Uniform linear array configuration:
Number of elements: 12
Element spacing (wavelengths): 1
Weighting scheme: uniform
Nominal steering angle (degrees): -60
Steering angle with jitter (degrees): -60.389
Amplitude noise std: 0.05
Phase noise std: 0.05

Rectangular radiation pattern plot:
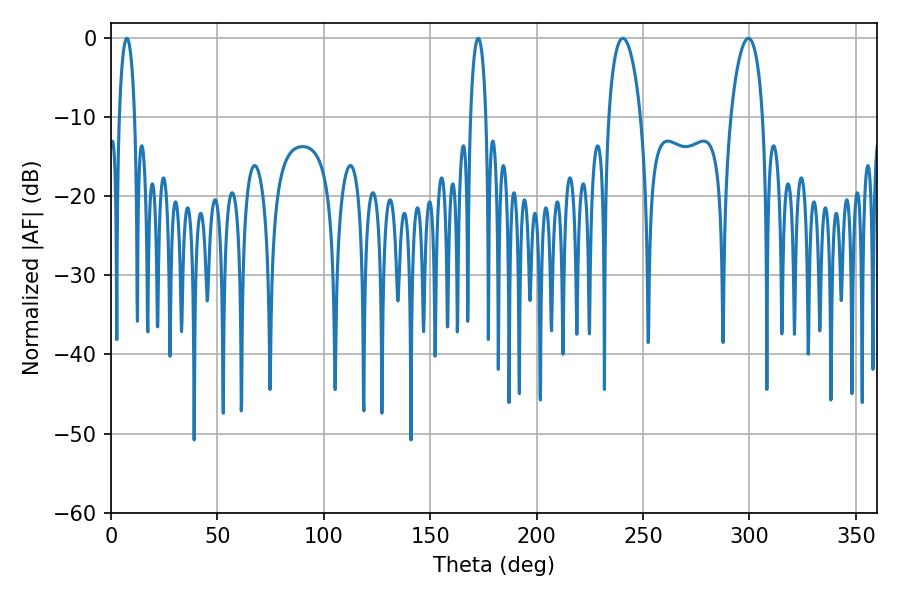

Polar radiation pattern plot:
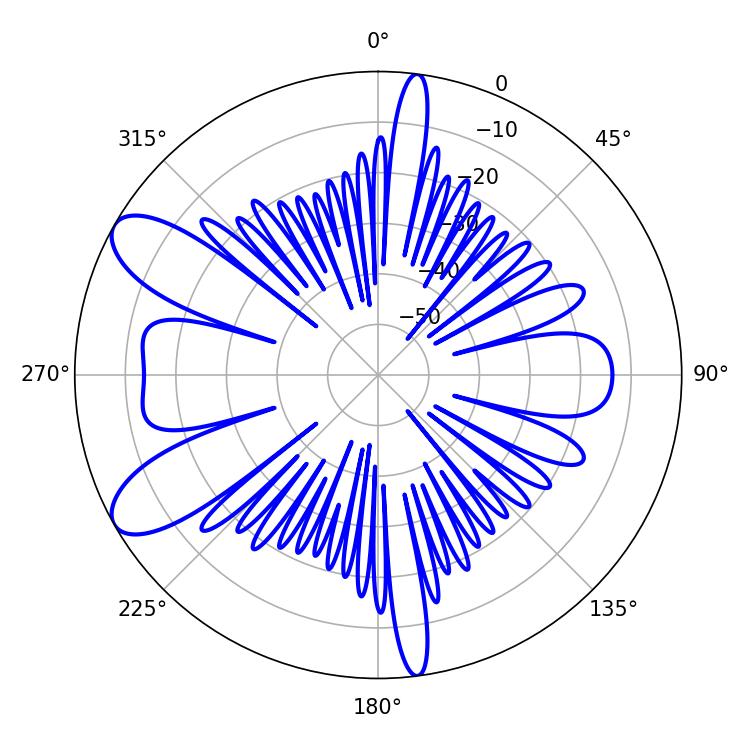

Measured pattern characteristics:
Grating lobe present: TRUE
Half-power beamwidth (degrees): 8.46
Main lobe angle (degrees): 240.48